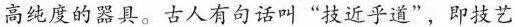
高纯度的器具。古人有句话叫”技近乎道”，即技艺